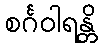
စင်္ဂဝါရန္တိ